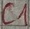
Text: C1